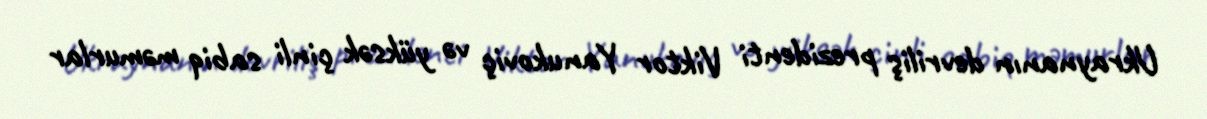
Ukraynanın devriliş prezidenti Viktor Yanukoviç və yüksək çinli sabiq məmurlar